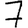
Digit: 7